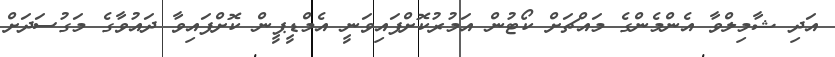
އަދި ޝާމިލްވާ އެންމެންގެ މައްޗަށް ކޯޓުން އަމުރުކޮށްފައިވަނީ އެމްޑީޕީން ކޮށްފައިވާ ދައުވާގެ މަގުސަދަށް